Document type: Sale
Year: 1439
Scribe: Arnau d'Illes
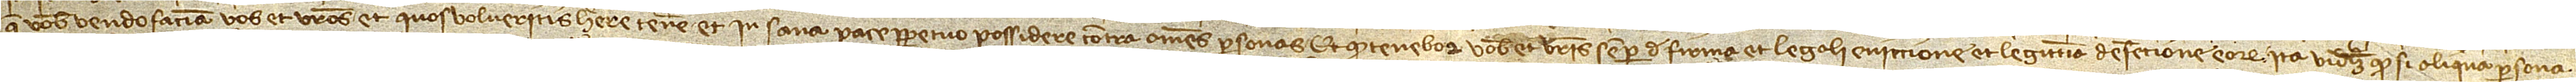
que vobis vendo faciam vos et vestros et quos volueritis habere, tenere et in sana pace perpetuo possidere contra omnes personas, et quod tenebor vobis et vestris semper de firma et legali eviccione et legittima defencione eorum. Ita videlicet quod si aliqua persona